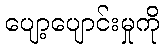
ပျော့ပျောင်းမှုကို